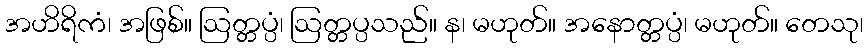
အဟိရိကံ၊ အဖြစ်။ ဩတ္တပ္ပံ၊ ဩတ္တပ္ပသည်။ န၊ မဟုတ်။ အနောတ္တပ္ပံ၊ မဟုတ်။ တေသု၊